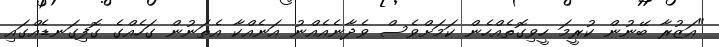
"އަޒުރާ ބޭނުން ކުރީމަ ހީވިގޮތެއްހެން ކަމަށްވެސް ވެދާނެއެއްނު އަނެއްކާ އެތަނުން ގަހެއްގެ ގޮފިގަނޑެއްގައި